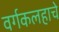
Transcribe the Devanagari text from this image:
वर्गकलहाचे